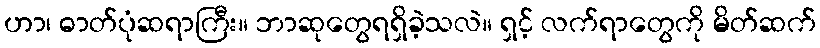
ဟာ၊ ဓာတ်ပုံဆရာကြီး။ ဘာဆုတွေရရှိခဲ့သလဲ။ ရှင့် လက်ရာတွေကို မိတ်ဆက်